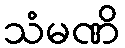
သံမဏိ